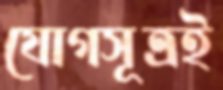
যোগসূত্রই